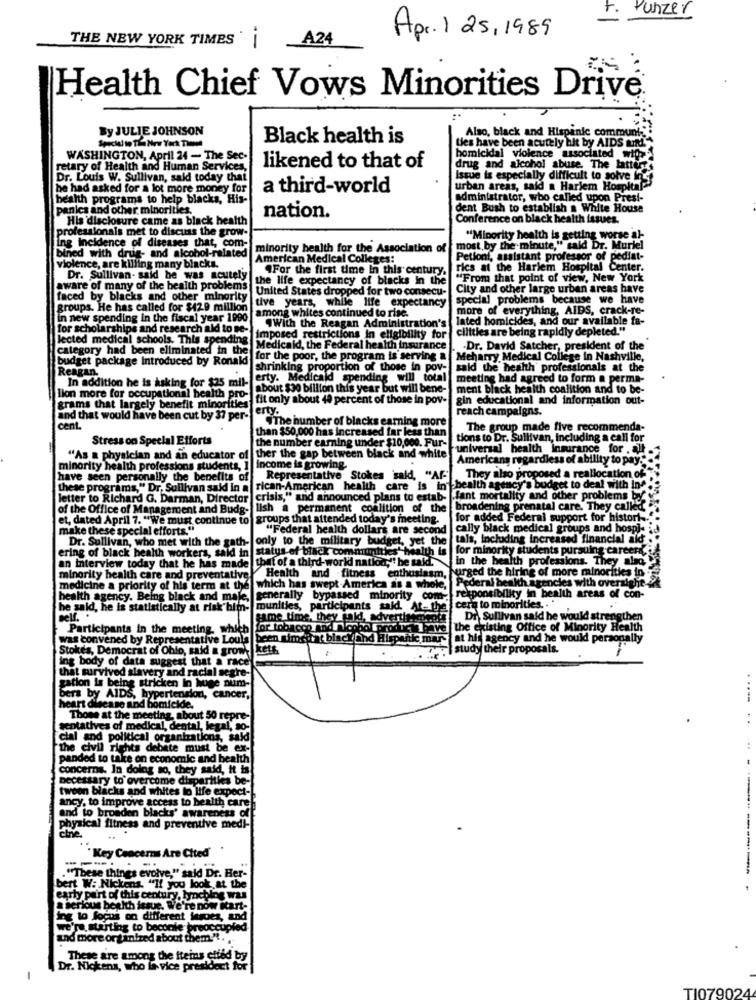
t.
Punzer
THE NEW YORK TIMES ' |
A24
Apr. 1 25,1989
Health Chief Vows Minorities Drive
By JULIE JOHNSON
Also, black and Hispanic communt-
Black health is
Lies have been acutely hit by AIDS tum."
WASHINGTON, April 24 - The Sec-
homicidal violence associated with
retary of Health and Human Services
likened to that of
drug and alcohol abuse. The latterrs
Dr. Louis W. Sullivan, said today that
Issue is especially difficult to solve inst
he had asked for a lot more money for
a third-world
urban areas, said a Harlem Hospital
health programs to help blacks, His-
administrator, who called upon Presi-
panics and other minorities.
dent Bush to establish a White House
His disclosure came as black health
nation.
Conference on black health issues.
professionals met to discuss the grow-
"Minority health is getting worse al-
Ing incidence of diseases that, com-
bined with drug- and alcohol-related
minority health for the Association of
most by the minute," said Dr. Muriel
American Medical Colleges:
Petioni, assistant professor of pediat-
violence, are killing many blacks.
"For the first time in this century,
rics at the Harlem Hospital Center.
Dr. Sullivan- said he was acutely
the life expectancy of blacks in the
"From that point of view, New York
aware of many of the health problem
United States dropped for two consecu-
City and other large urban areas have
faced by blacks and other minority
special problems because we have
groups. He has called for $42.9 million
tive years, while life expectancy
more of everything, AIDS, crack-re-
in new spending in the fiscal year 1990
among whites continued to rise.
lated homicides, and our available fa-
for scholarships and research ald to se-
"With the Reagan Administration's
ciltties are being rapidly depleted."
lected medical schools. This spending
imposed restrictions in eligibility for
category had been eliminated in the
Medicaid, the Federal health insurance
.Dr. David Satcher, president of the
budget package Introduced by Ronald
for the poor, the program is serving &
Meharry Medical College in Nashville,
Reagan.
shrinking proportion of those in pov- said the health professionals at the
In addition he is asking for $25 mil. erty. Medicald spending will total
meeting had agreed to form a perma-
about $30 billion this year but will bene-
ment black health coalition and to be-
lion more for occupational health pro-
fit only about 40 percent of those in pov-
gin educational and information out-
grams that largely benefit minorities
erty.
reach campaigns.
and that would have been cut by 37 per-
cent.
.The humber of blacks earning more
The group made five recommenda-
Stress on Special Efforts
than $50,000 has increased far less than
tions to Dr. Sullivan, Including a call for
the number earning under $10,000. Fur-
"universal health insurance for . all
"As a physician and an educator of
ther the gap between black and white
Americans regardless of ability to pay."
minority health professions students, 1
Income is growing.
have seen personally the benefits of
Representative Stokes said, "Af-
They also proposed a reallocation of
these programs," Dr. Sullivan said in a rican-American health care is in health agency's budget to deal with in
letter to Richard G. Darman, Director
crisis," and announced plans to estab- fant mortality and other problems by-
of the Office of Management and Budg-
lish a permanent coalition of the broadening prenatal care. They called
et, dated April 7. "We must continue to
groups that attended today's meeting.
for added Federal support for histori ...
make these special efforts."
"Federal health dollars are second
cally black medical groups and hosp]-
only to the military budget, yet the
tals, Including increased financial aid:
ering of black health workers, said in status of black communities" health is for minority students pursuing careerde
Dr. Sullivan, who met with the gath-
that of a third-world natka," be said.
in the health professions. They also
an interview today that he has made
minority health care and preventative
Health and fitness enthusiasm,
Pederal health agencies with oversight.
urged the hiring of more minorities in -
medicine a priority of his term at the
which has swept -America as a whole,
health agency. Being black and male,
generally bypassed minority com-
responsibility in health areas of con-
he said, he is statistically at risk him-
munities, participants said. At- the cera to minorities ..
Bell ..
same time, they gald, advertisement
Dr. Sullivan said he would strengthen
Participants in the meeting, which
or tobacco and mlopho producit have the existing Office of Minority Health
was convened by Representative Louls |been mimsitat black and Hispanic mar- |at hif agency and he would personally
Stokes, Democrat of Ohio, said a grow
kets
I study their proposals.
ing body of data suggest that a rac
that survived slavery and racial segre-
gation is being stricken in huge num-
bera by AIDS, hypertension, cancer,
cart disease and homicide.
Those at the meeting, about 50 repre-
Sentatives of medical, dental, legal, so
cial and political organizations, sak
the civil rights debate must be ex-
panded to take on economic and health
concerns. In doing so, they said, It is
necessary to overcome disparities be-
twoon blacks and whites to life expect-
ancy, to improve access to health care
and to broaden blacks' awareness
physical fitness and preventive medi-
che
Key Concerns Are Cited
------
"These things evolve," said Dr. Her-
bert W: Nickens. "If you look at the
early part of this century, lynching was
a serious beelth issue. We're now itart-
Ing lo focus on different lesoes, and
we're.starting to beconle preoccupied
and more or fintred about them."".
These are among the fteins ctied by
Dr. Nickena, who la vice president for
TI079024